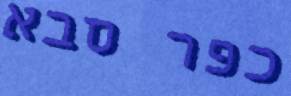
כפר סבא